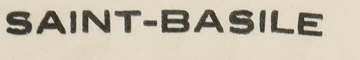
SAINT - BASILE